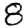
Digit: 8